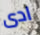
ادى